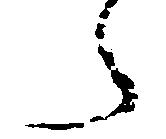
々